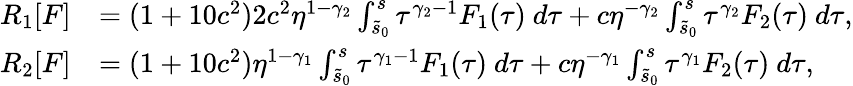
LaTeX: \begin{array}{rl}{R_{1}[F]}&{=(1+10c^{2})2c^{2}\eta^{1-\gamma_{2}}\int_{\tilde{s}_{0}}^{s}\tau^{\gamma_{2}-1}F_{1}(\tau)\ d\tau+c\eta^{-\gamma_{2}}\int_{\tilde{s}_{0}}^{s}\tau^{\gamma_{2}}F_{2}(\tau)\ d\tau,}\\ {R_{2}[F]}&{=(1+10c^{2})\eta^{1-\gamma_{1}}\int_{\tilde{s}_{0}}^{s}\tau^{\gamma_{1}-1}F_{1}(\tau)\ d\tau+c\eta^{-\gamma_{1}}\int_{\tilde{s}_{0}}^{s}\tau^{\gamma_{1}}F_{2}(\tau)\ d\tau,}\end{array}